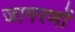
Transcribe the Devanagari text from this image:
जागरणों